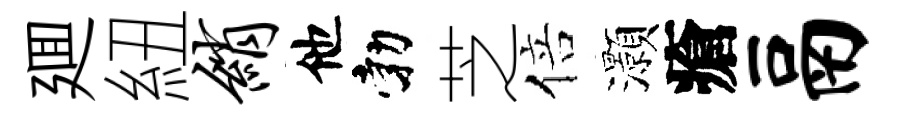
廽紐绡他勃芝倍灝瘡鬲